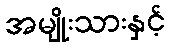
အမျိုးသားနှင့်